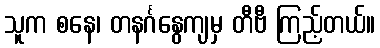
သူက စနေ၊ တနင်္ဂနွေကျမှ တီဗီ ကြည့်တယ်။